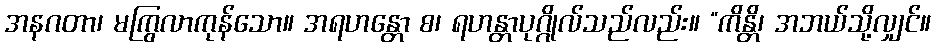
အနဂတာ၊ မကြွလာကုန်သော။ အရဟန္တော စ၊ ရဟန္တာပုဂ္ဂိုလ်သည်လည်း။ “ကိန္တိ၊ အဘယ်သို့လျှင်။